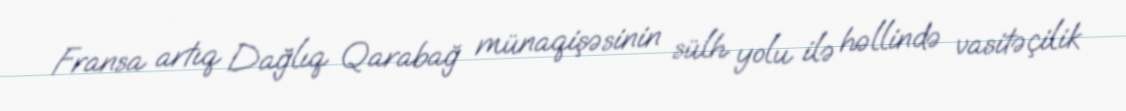
Fransa artıq Dağlıq Qarabağ münaqişəsinin sülh yolu ilə həllində vasitəçilik